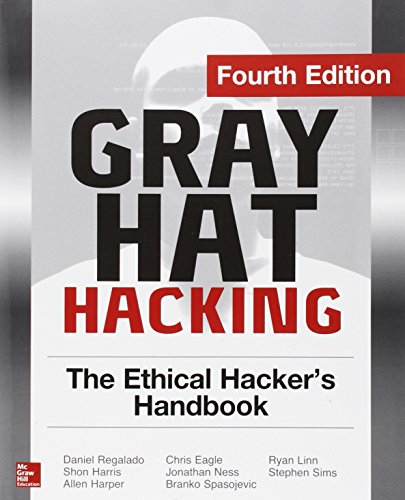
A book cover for Gray Hat Hacking The Ethical Hacker's Handbook, Fourth Edition; Daniel Regalado; Computers & Technology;